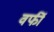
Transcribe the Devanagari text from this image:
वर्फी